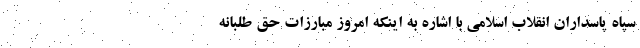
سپاه پاسداران انقلاب اسلامی با اشاره به اینکه امروز مبارزات حق طلبانه